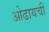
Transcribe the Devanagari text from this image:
ओढायची